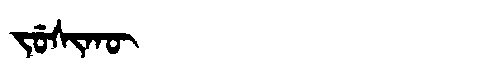
Manchu: ᠵᡠᠰᡳᡴᡡ
Romanization: JUSIKŪ